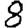
Digit: 8